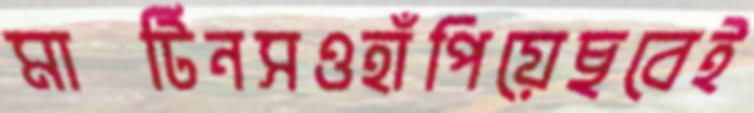
মার্টিনসওহাঁপিয়েছবেই